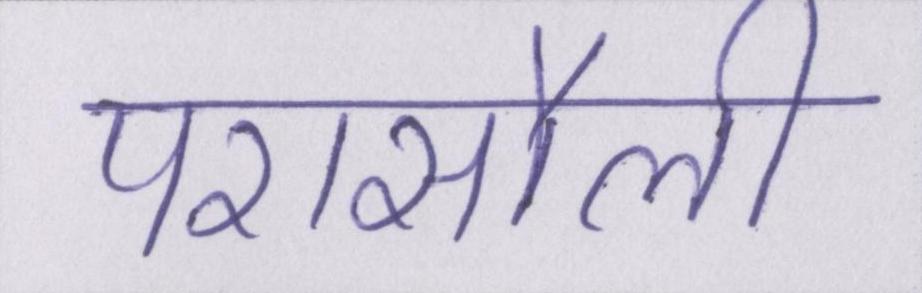
परासौली